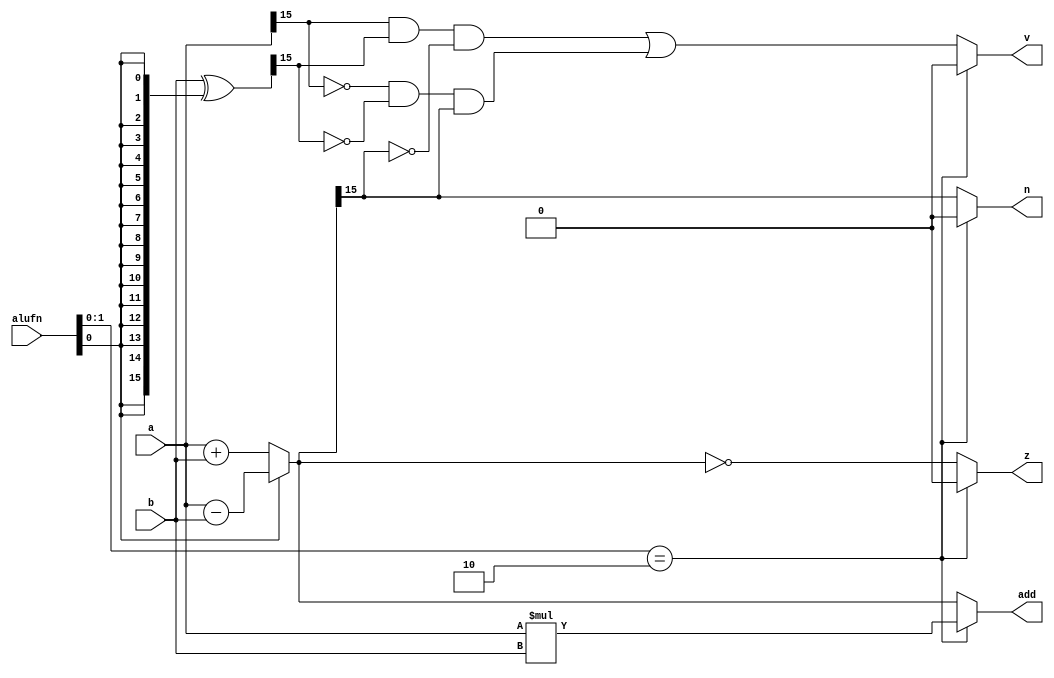
module alu_add16_7 (
    input [15:0] a,
    input [15:0] b,
    input [5:0] alufn,
    output reg [15:0] add,
    output reg z,
    output reg v,
    output reg n
  );
  
  
  
  reg [15:0] twoscomp_b;
  
  reg [15:0] addtemp;
  
  always @* begin
    z = 1'h0;
    v = 1'h0;
    n = 1'h0;
    add = a;
    if (alufn[0+1-:2] == 2'h2) begin
      add = a * b;
    end else begin
      twoscomp_b = b ^ {5'h10{alufn[0+0-:1]}};
      if (alufn[0+0-:1]) begin
        addtemp = a - b;
      end else begin
        addtemp = a + b;
      end
      add = addtemp;
      z = (addtemp == 16'h0000);
      v = (a[15+0-:1] & twoscomp_b[15+0-:1] & !addtemp[15+0-:1]) || (!a[15+0-:1] & !twoscomp_b[15+0-:1] & addtemp[15+0-:1]);
      n = addtemp[15+0-:1];
    end
  end
endmodule